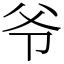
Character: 爷